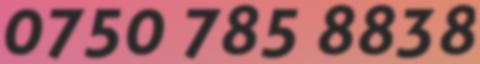
0750 785 8838